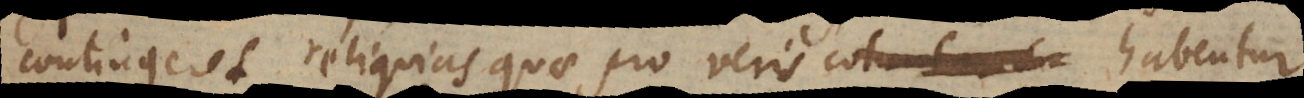
contingeret reliquias quae pro veris habentur